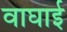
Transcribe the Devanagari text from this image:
वाघाई